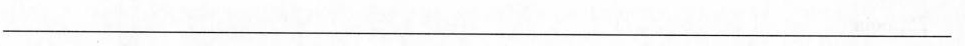
___